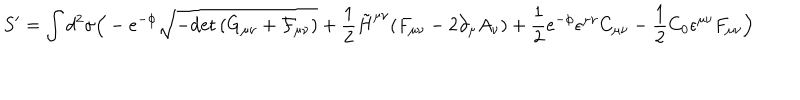
S ^ { \prime } = \int d ^ { 2 } \sigma \Big ( - e ^ { - \phi } \sqrt { - \mathrm { d e t } \, ( G _ { \mu \nu } + { \cal F } _ { \mu \nu } ) } + \frac { 1 } { 2 } \tilde { H } ^ { \mu \nu } ( F _ { \mu \nu } - 2 \partial _ { \mu } A _ { \nu } ) + \frac { 1 } { 2 } e ^ { - \phi } \epsilon ^ { \mu \nu } C _ { \mu \nu } - \frac { 1 } { 2 } C _ { 0 } \epsilon ^ { \mu \nu } F _ { \mu \nu } \Big )